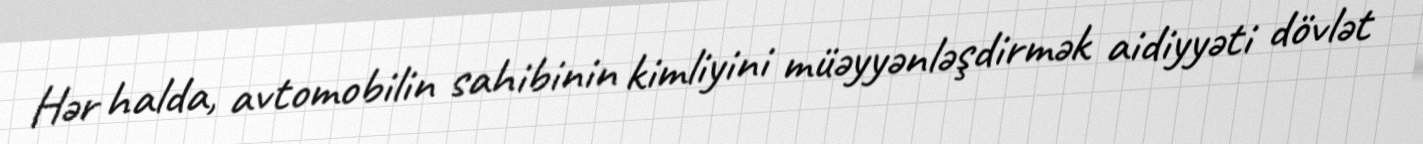
Hər halda, avtomobilin sahibinin kimliyini müəyyənləşdirmək aidiyyəti dövlət